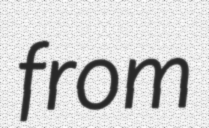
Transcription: from